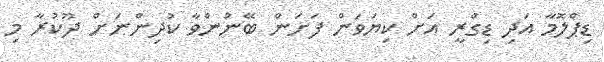
ޑިޕްލޮމާ އަދި ޑިގްރީ އަށް ކިޔަވަން ފަށަން ބޭނުންވާ ކުދިންނަށް ދޫކުރާ މި